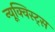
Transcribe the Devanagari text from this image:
न्यूक्विस्ट्स